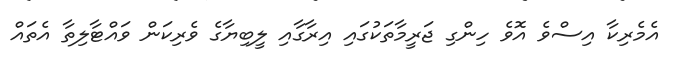
އެމެރިކާ އިސްވެ އޮވެ ހިންގި ޖަރީމާތަކުގައި އިރާގާއި ލީބިޔާގެ ވެރިކަން ވައްޓާލިތާ އެތައް